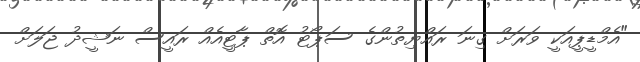
"އެމްޑީޕީއަކީ ވަރަށް ގިނަ ރައްޔިތުންގެ ސަޕޯޓު އޮތް ޕާޓީއެއް ރައީސް ނަޝީދު ޖަލަށް